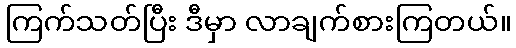
ကြက်သတ်ပြီး ဒီမှာ လာချက်စားကြတယ်။